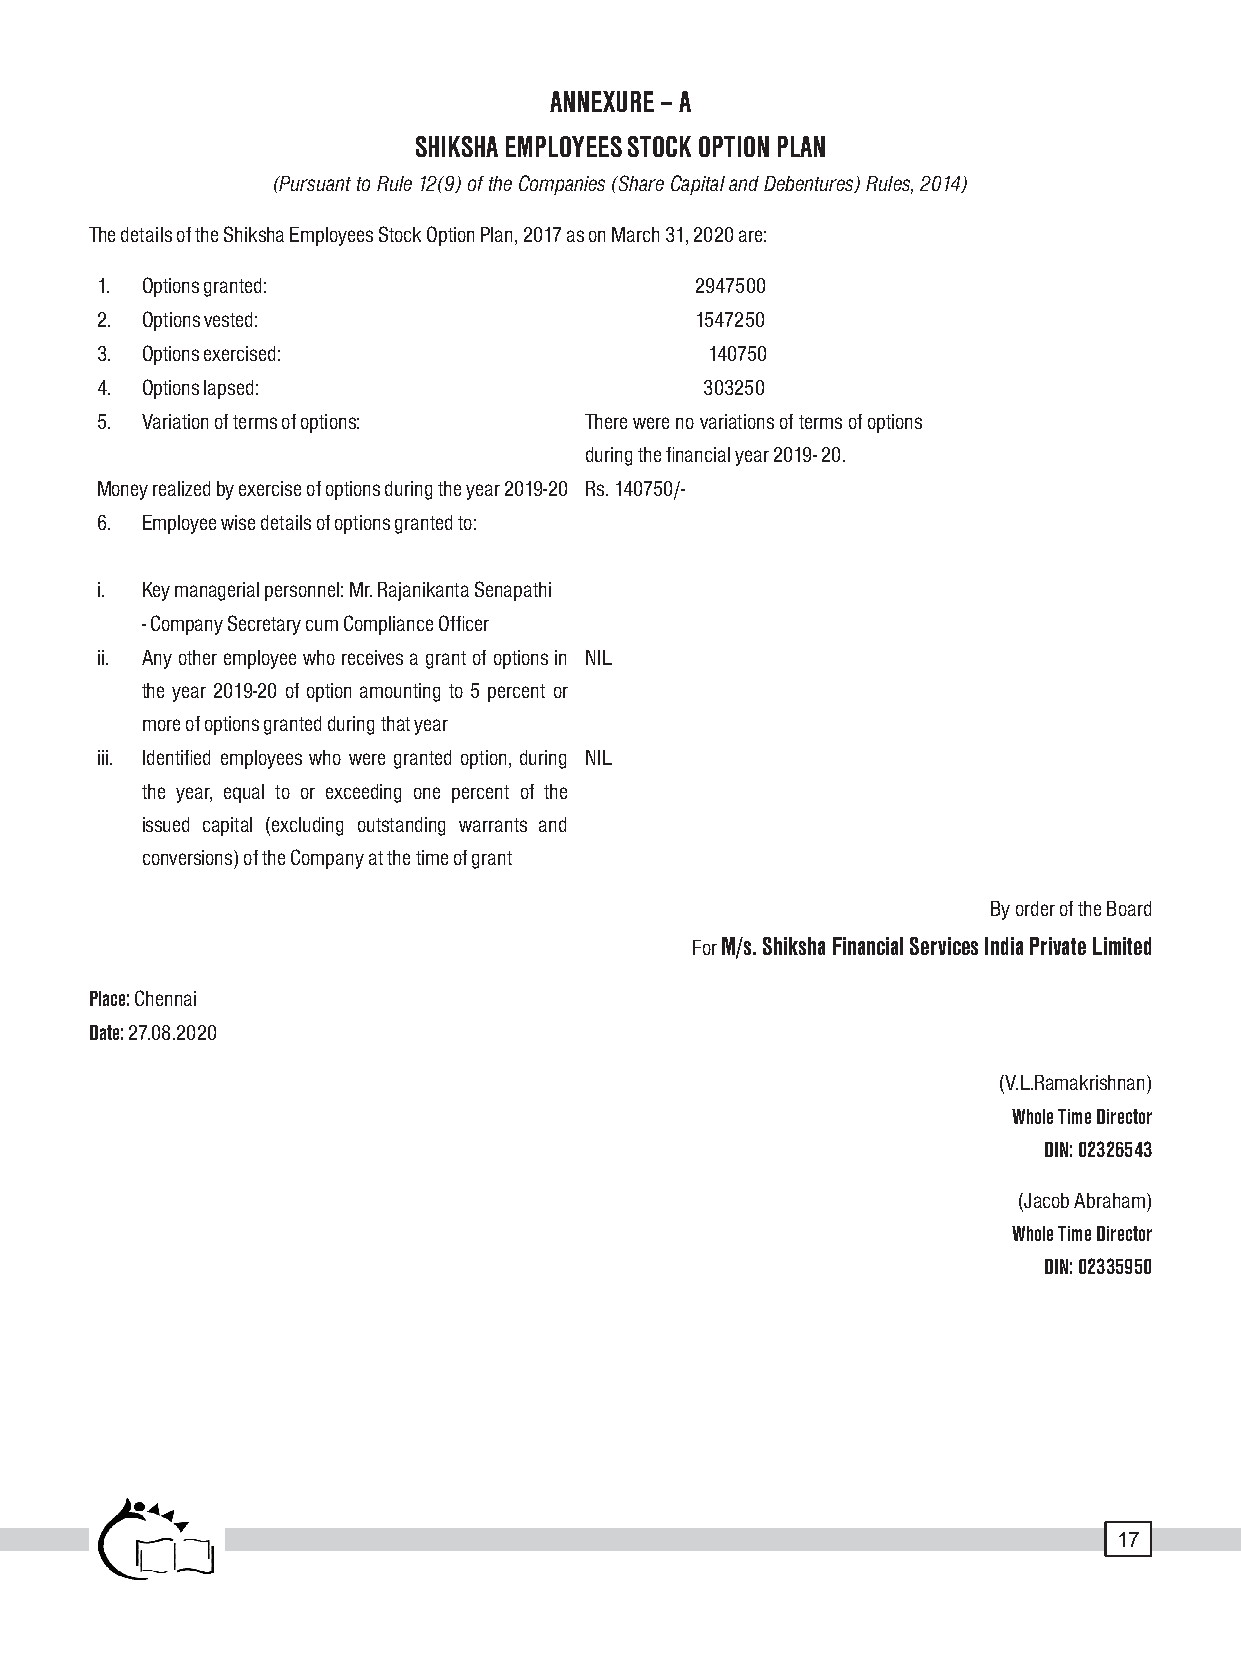
ANNEXURE – A
 SHIKSHA EMPLOYEES STOCK OPTION PLAN
 (Pursuant to Rule 12(9) of the Companies (Share Capital and Debentures) Rules, 2014)
 The details of the Shiksha Employees Stock Option Plan, 2017 as on March 31, 2020 are:
 1. Options granted:                     2947500
 2. Options vested:                      1547250
 3. Options exercised:                    140750
 4. Options lapsed:                       303250
 5. Variation of terms of options: There were no variations of terms of options
 during the financial year 2019- 20.
 Money realized by exercise of options during the year 2019-20 Rs. 140750/-
 6. Employee wise details of options granted to:
 i. Key managerial personnel: Mr. Rajanikanta Senapathi
 - Company Secretary cum Compliance Officer
 ii. Any other employee who receives a grant of options in NIL
 the year 2019-20 of option amounting to 5 percent or
 more of options granted during that year
 iii. Identified employees who were granted option, during NIL
 the year, equal to or exceeding one percent of the
 issued capital (excluding outstanding warrants and
 conversions) of the Company at the time of grant
 By order of the Board
 For M/s. Shiksha Financial Services India Private Limited
 Place: Chennai
 Date: 27.08.2020
 (V.L.Ramakrishnan)
 Whole Time Director
 DIN: 02326543
 (Jacob Abraham)
 Whole Time Director
 DIN: 02335950
 17